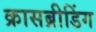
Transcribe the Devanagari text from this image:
क्रासब्रीडिंग